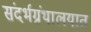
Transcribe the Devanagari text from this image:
संदर्भग्रंथालयात